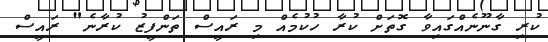
ކުރި ގާނޫނެއްގައިވާ ގޮތަށް ކުރާ ހުކުމެއް މި ރައީސް ތަންފީޒު ކުރާނެ" ރައީސް